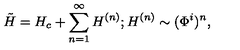
\tilde { H } = H _ { c } + \sum _ { n = 1 } ^ { \infty } H ^ { ( n ) } ; H ^ { ( n ) } \sim ( \Phi ^ { i } ) ^ { n } ,